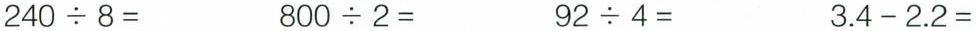
$$2 4 0 \div 8 =$$ $$8 0 0 \div 2 =$$